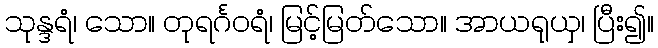
သုန္ဒရံ၊ သော။ တုရင်္ဂဝရံ၊ မြင့်မြတ်သော။ အာယရုယှ၊ ပြီး၍။